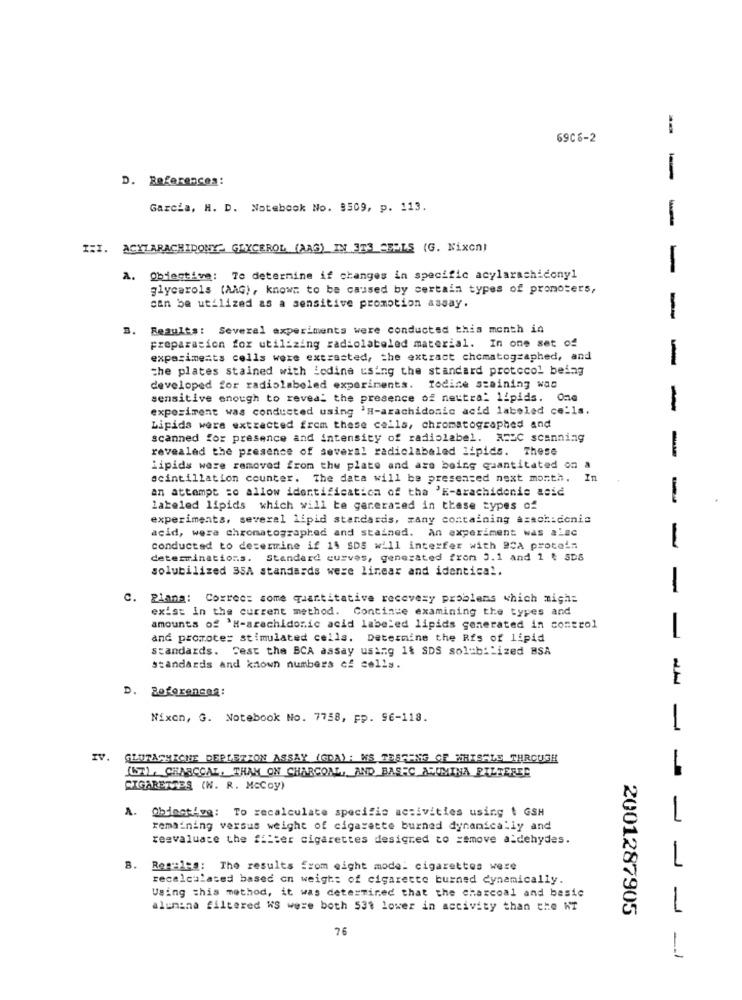
-
6906-2
D. References:
Garcia, H. D. Notebook No. 8509, p. 113.
- -
III. ACYLARACHIDONY GLYCEROL (AAG) IN ITS CELLS (G. Nixon)
A. Objective: 70 determine if changes in specific acylarachicony1
-
glycarols (AAG), known to be caused by certain types of promoters,
can be utilized as a sensitive promotion assay.
-
2.
Results: Several experiments were conducted this month in
preparation for utilizing radiolabeled material. In one set of
experiments cells were extracted, the extract chomatographed, and
-
the plates stained with iodine using the standard protocol being
developed for radiolabeled experiments.
Todine staining was
sensitive enough to reveal the presence of neutra: lipids. One
experiment was conducted using 'H-arachidonic acid labeled cells.
-
Lipids were extracted from these cells, chromatographed and
scanned for presence and intensity of radiolabel. NEDC scanning
revealed the presence of several radiclabeled lipids. These
-
Lipids were removed from the plate and are being quantitated on a
scintillation counter. The data will be presented next month. In
an attempt to allow identification of tha 'E-arachidenic acid
-
labeled lipids which will te garerazed in these types of
experiments, several lipid standards, rany containing arachidonic
acid, wera chromatographed and stained. An experiment was alsc
conducted to desemrine if 14 SDS will interfer with BCA proto's
-
determinations. Standard curves, generated from 3.1 and 1 { SDS
solubilized 35A standards were linear and identical.
-
C. Plana: Correc: some quantitative recovery problems which might
exist In the current method. Continue examining the types and
amounts of 'H-arachidonic acid labeled lipids generated in control
and promote: stimulated cells. Determine the Rfs of lipid
-
standards. Sest the BCA assay using 1& SDS solubilized BSA
standards and known numbers of cells.
-
D. Boferencaa:
Nixon, G. Notebook No. 7758, pp. 96-118.
-
IV.
GLUTACHICHE DEPLETION ASSAY (GDA): WS TESPANG OF WHHISALE THROUGH
(67), CHARCOAL, THAN ON CHARCOAL, AND BASEC ARCMINA FILTERER
CIGARETTES (N. R. McCoy)
A. Obiective: To recalculate specific activities using $ GSH
remaining versus weight of cigarette burned dynamically and
reevaluate the filter cigarettes designed to remove aldehydes.
8. Regales: The results from eight mode: cigarettes were
recalculated based on weight of cigarette burned dynamically.
Using this method, it was determined that the charcoal and basic
alumina filtered WS were both 531 lower in activity than the NT
2001287905
76
-1